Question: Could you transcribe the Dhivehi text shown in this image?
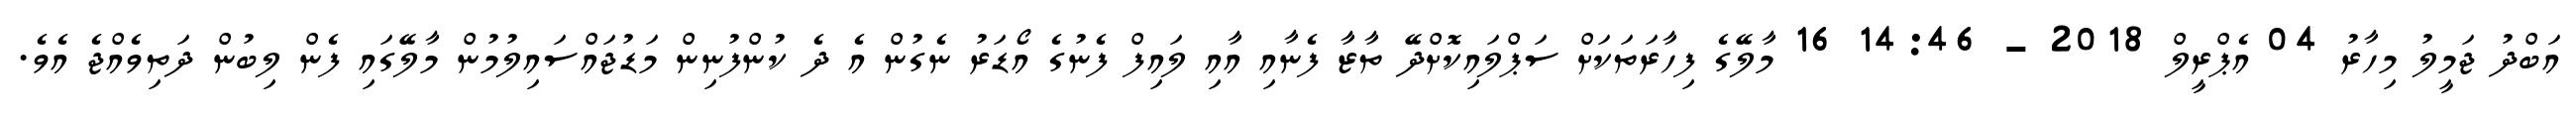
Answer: އަބްދު ޖަމީލު މިހާރު 04 އެޕްރީލް 2018 - 14:46 16 މާލޭގެ ފިހާރަތަކަށް ސަޕްލައިކޮށްދޭ ތާޒާ ފެނާއި އާއި ލައިފް ފެނުގެ އޯޑަރު ނެގުން އެ ދެ ކުންފުނިން މަޑުޖައްސައިލުމުން މާލޭގައި ފެން ލިބުން ދަތިވެއްޖެ އެވެ.